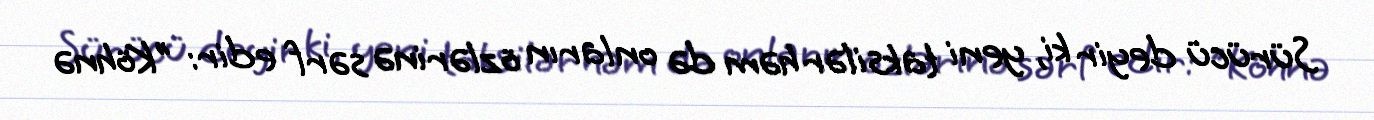
Sürücü deyir ki, yeni taksilər həm də onların özlərinə sərf edir: "Köhnə